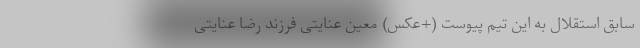
سابق استقلال به این تیم پیوست (+عکس) معین عنایتی فرزند رضا عنایتی